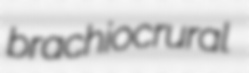
brachiocrural